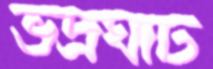
ভদ্রঘাট